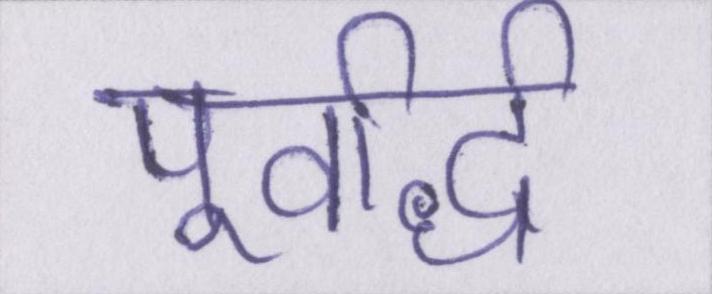
पूर्वार्द्ध